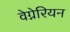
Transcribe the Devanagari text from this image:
वेग्नेरियन